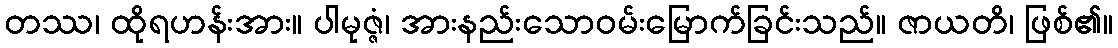
တဿ၊ ထိုရဟန်းအား။ ပါမုဇ္ဇံ၊ အားနည်းသောဝမ်းမြောက်ခြင်းသည်။ ဇာယတိ၊ ဖြစ်၏။